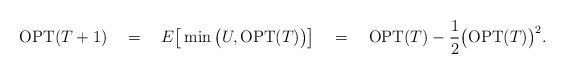
LaTeX: \begin{align*}\textrm{OPT}(T+1)\ \ \ =\ \ \ E\big[ \min\big( U, \textrm{OPT}(T) \big) \big]\ \ \ =\ \ \ \textrm{OPT}(T) - \frac{1}{2} \big( \textrm{OPT}(T) \big)^2. \end{align*}